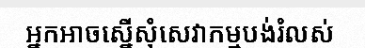
អ្នកអាចស្នើសុំសេវាកម្មបង់រំលស់